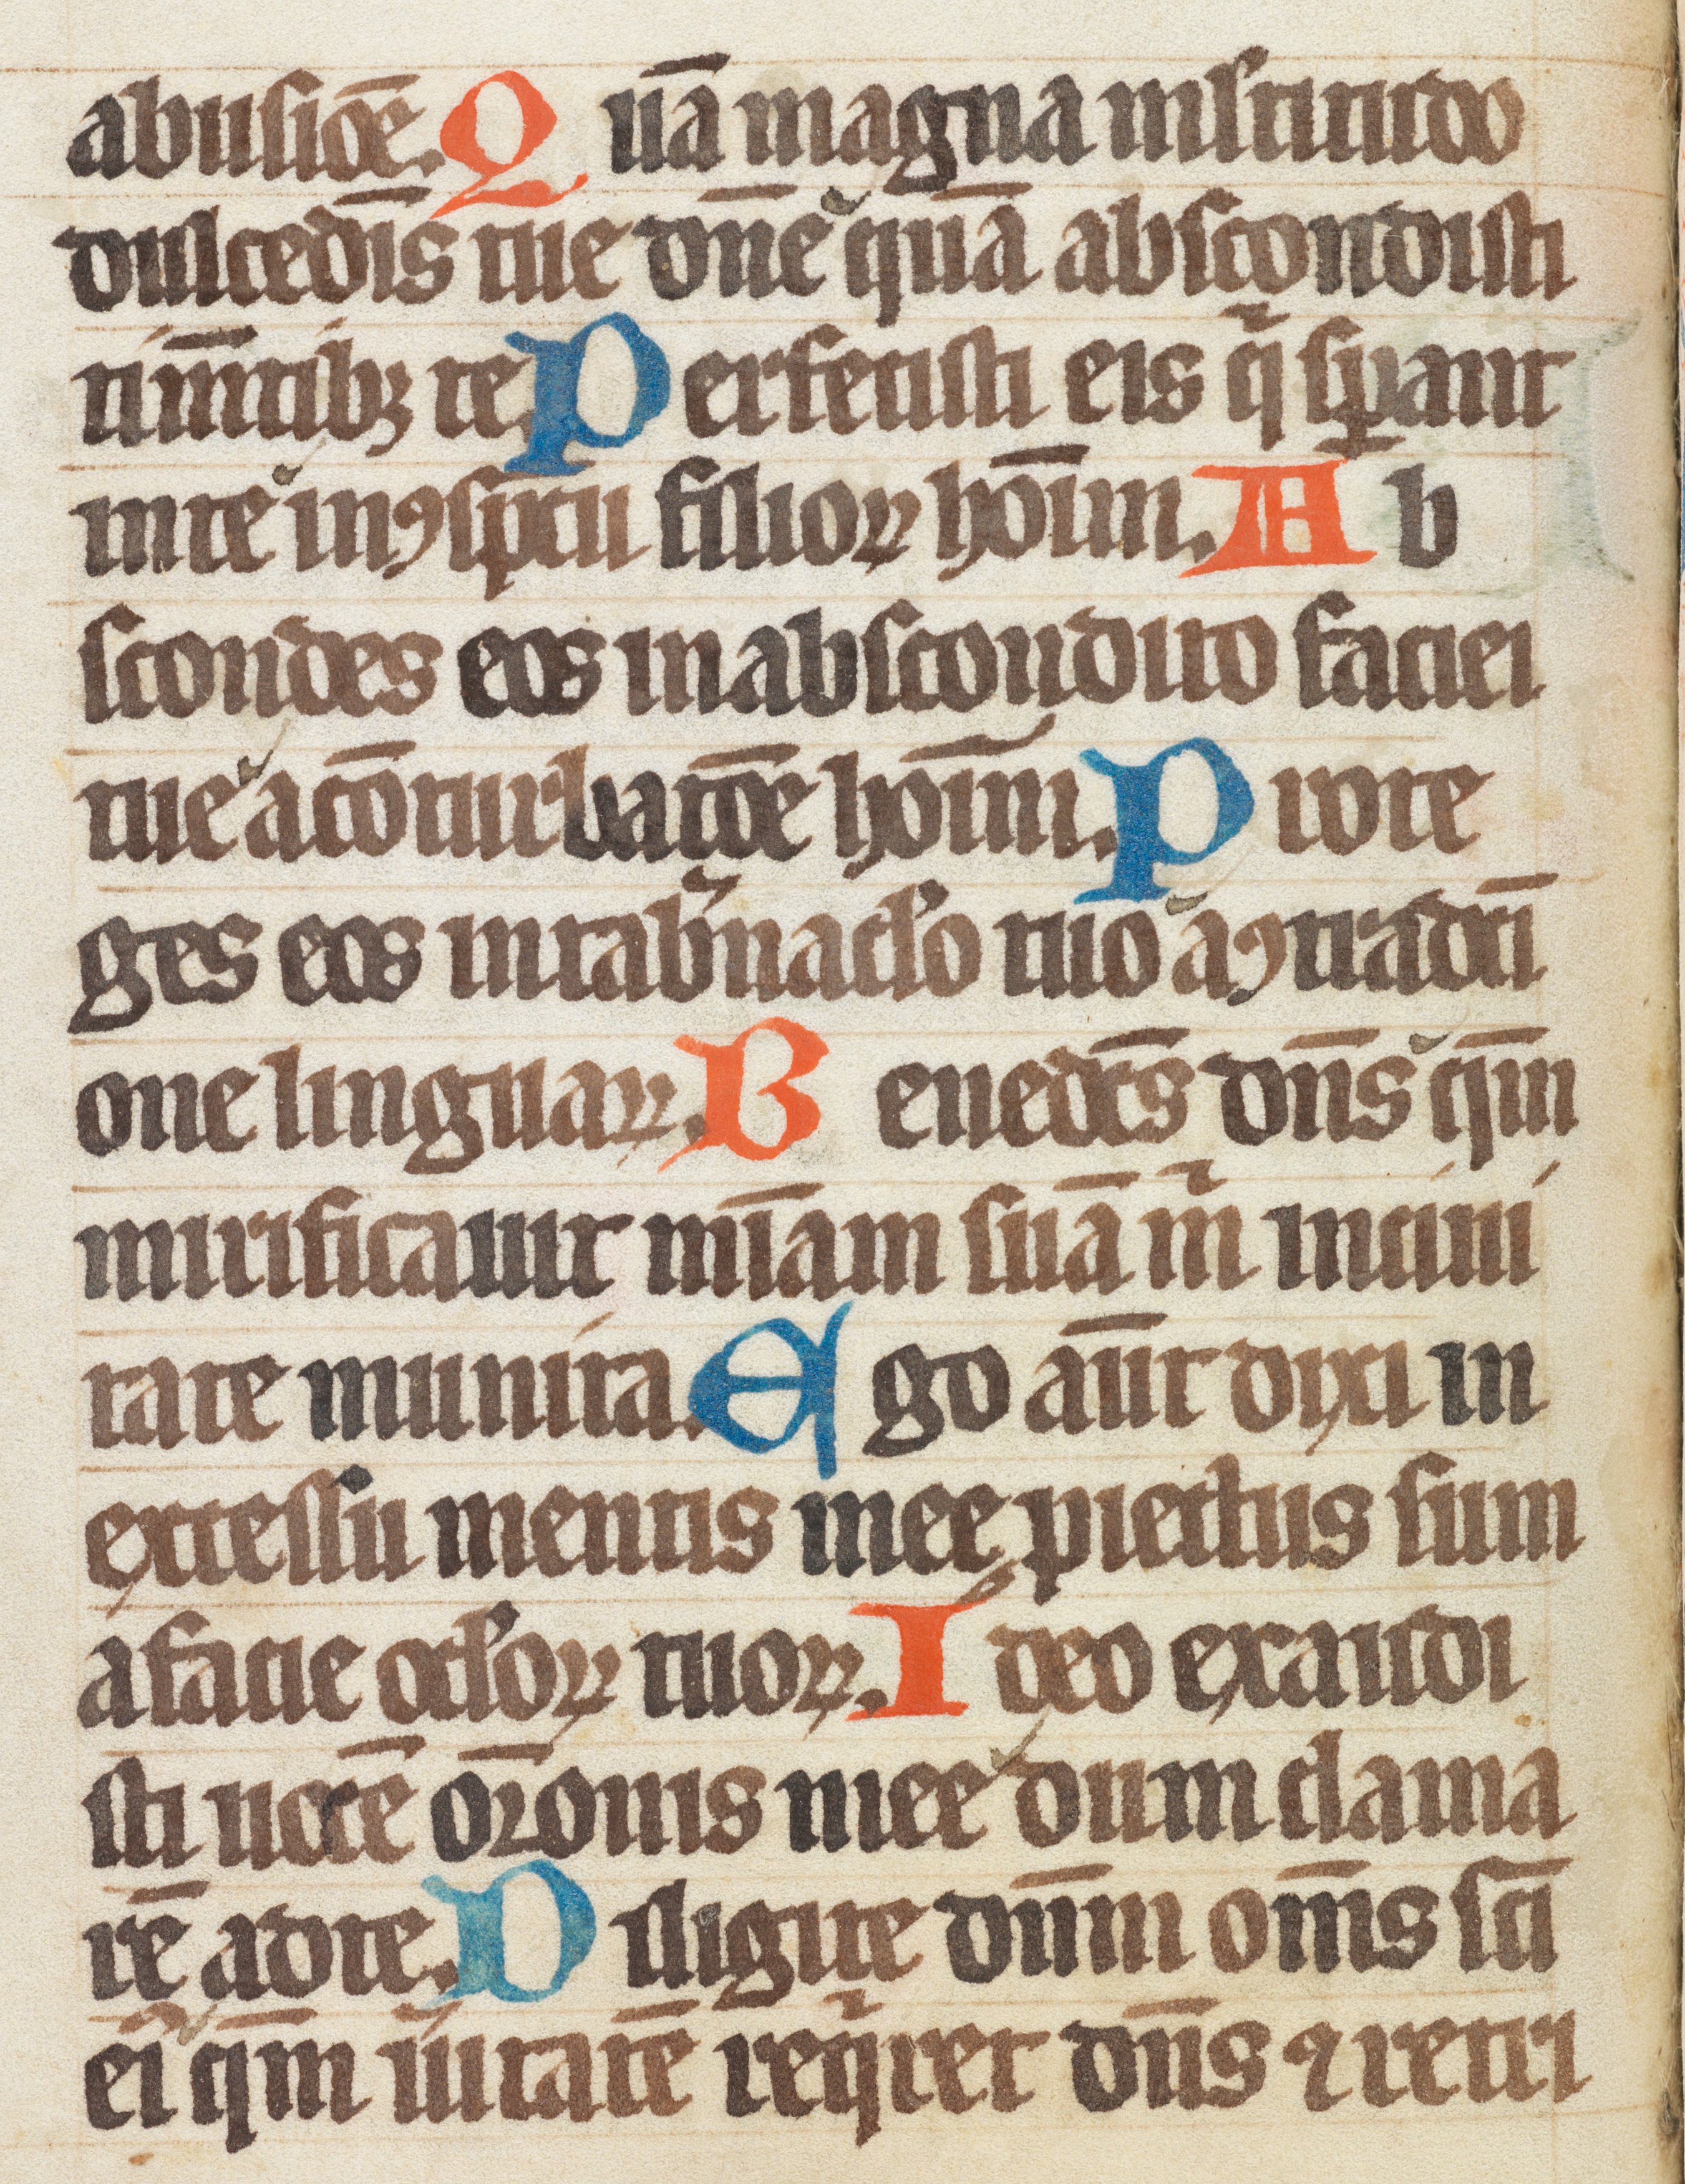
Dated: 1300–1349